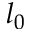
l _ { 0 }